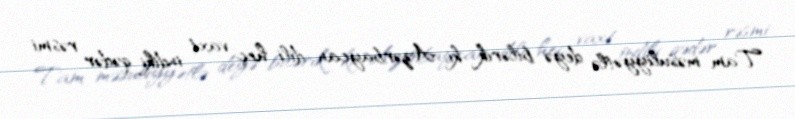
Tam məsuliyyətlə deyə bilərik ki, Azərbaycan dili heç vaxt indiki qədər rəsmi